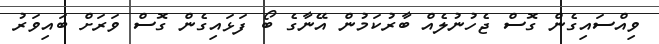
ވިއްސައިގެން ގޮސް ޖެހުނުލެއް ބާރުކަމުން އޭނާގެ ބޯ ފަޅައިގެން ގޮސް ވަރަށް ބައިވަރު